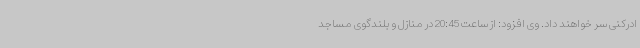
ادرکنی سر خواهند داد. وی افزود: از ساعت 20:45 در منازل و بلندگوی مساجد